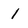
Character: l